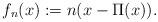
LaTeX: \begin{align*}f_n(x) := n(x - \Pi(x)).\end{align*}